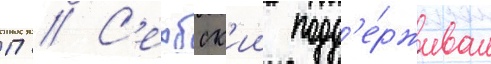
П // С'ербск'ии подд'е́рживал